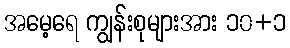
အမေ့ရေ ကျွန်းစုများအား ၁၀+၁